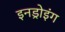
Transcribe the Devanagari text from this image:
इनड्रोइंग